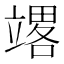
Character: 𰩪